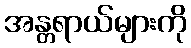
အန္တရာယ်များကို